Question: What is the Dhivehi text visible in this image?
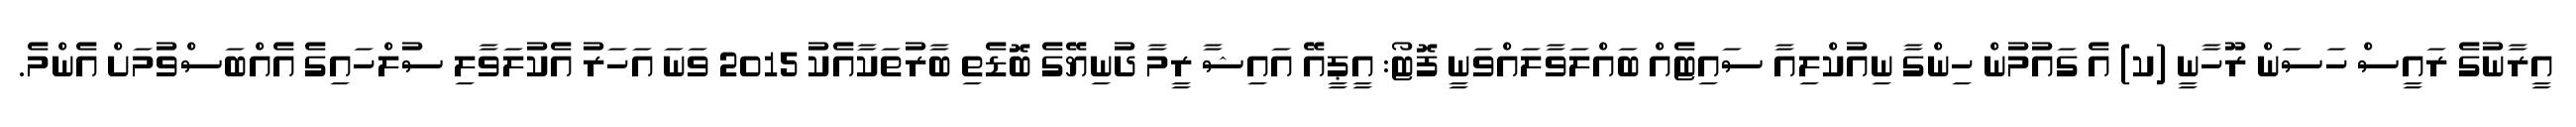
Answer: އީރާނުގެ ރައީސް ހަސަން ރޫހާނީ (ކ) އެ ގައުމުން ހިންގާ ނިއުކްލިއާ ސައިޓެއް ބައްލަވާލައްވަނީ ފޮޓޯ: އީޕީއޭ އައިޝާ ރީމާ ދުނިޔޭގެ ބޮޑެތި ބާރުތަކާއެކު 2015 ވަނަ އަހަރު އެކުލަވާލި ސުލްހައިގެ އެއްބަސްވުމަށް އެންމެ.